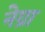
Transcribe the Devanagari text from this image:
नेग्रा